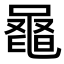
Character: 𪓕